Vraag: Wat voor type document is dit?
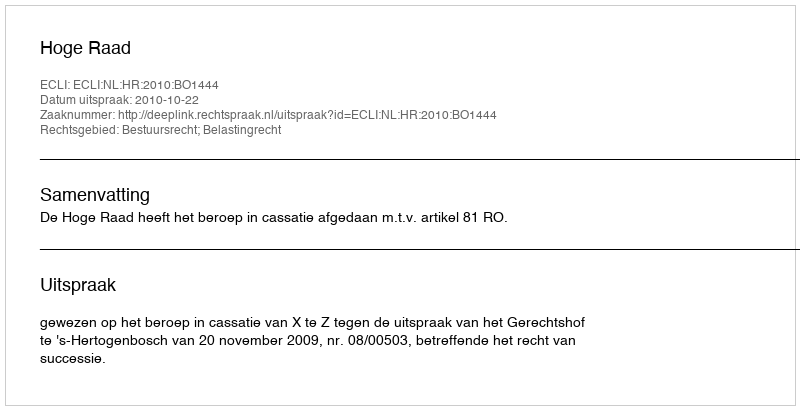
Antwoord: Uitspraak